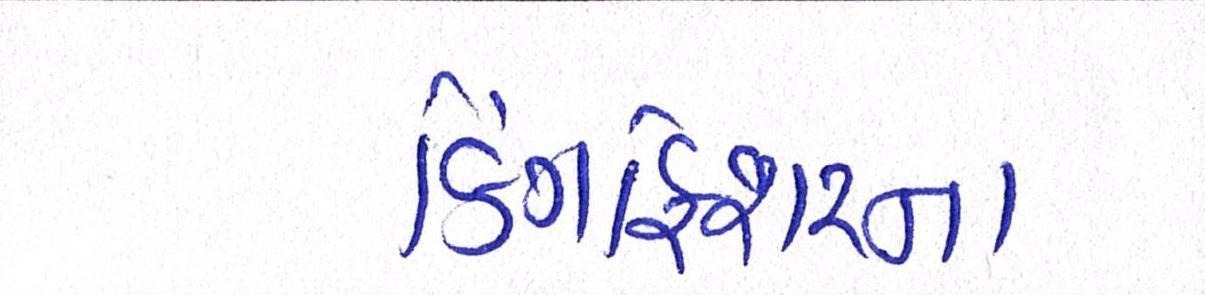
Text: કિંગફિશરના